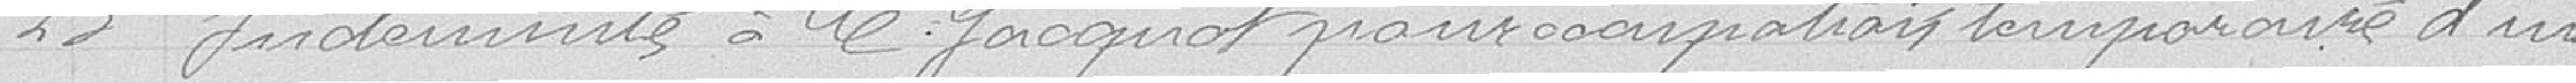
23 Indemnité à veuve Jacqueniot pour occupation temporaire d'un